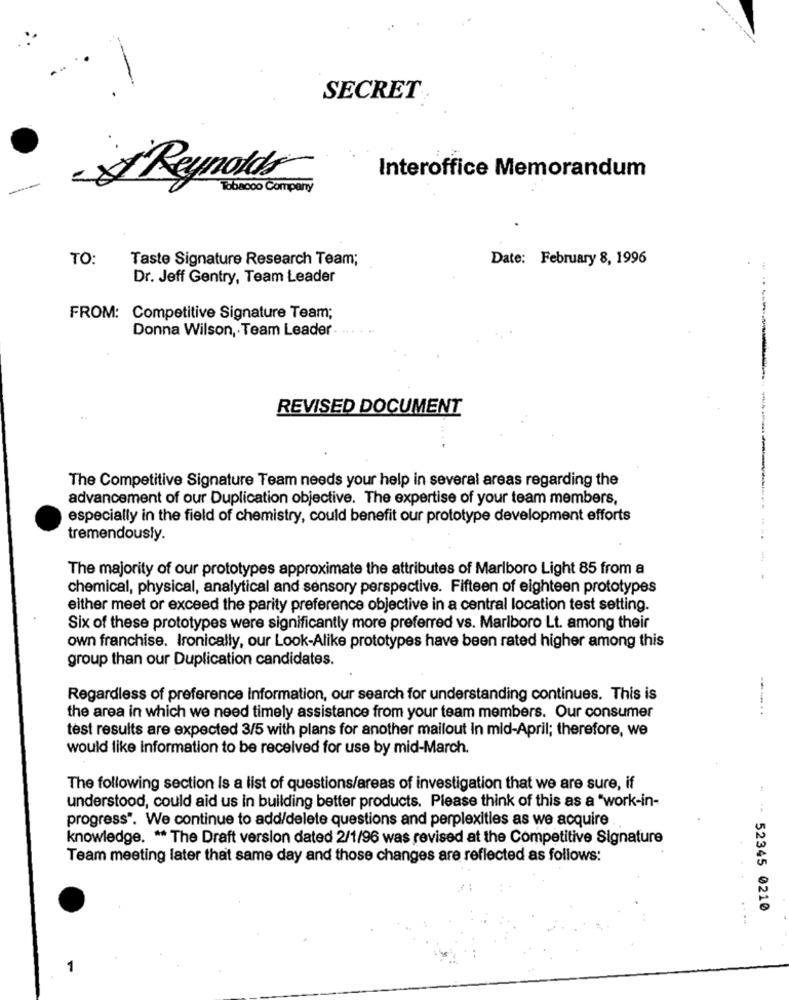
SECRET
Interoffice Memorandum
Reynolds
Tobacco Company
TO:
Taste Signature Research Team;
Date: February 8, 1996
Dr. Jeff Gentry, Team Leader
FROM: Competitive Signature Team;
Donna Wilson, Team Leader
REVISED DOCUMENT
.. 4
The Competitive Signature Team needs your help in several areas regarding the
advancement of our Duplication objective. The expertise of your team members,
especially in the field of chemistry, could benefit our prototype development efforts
tremendously.
The majority of our prototypes approximate the attributes of Marlboro Light 85 from a
chemical, physical, analytical and sensory perspective. Fifteen of eighteen prototypes
either meet or exceed the parity preference objective in a central location test setting.
Six of these prototypes were significantly more preferred vs. Marlboro Lt. among their
own franchise. Ironically, our Look-Alike prototypes have been rated higher among this
group than our Duplication candidates.
Regardless of preference information, our search for understanding continues. This is
----..
the area in which we need timely assistance from your team members. Our consumer
test results are expected 3/5 with plans for another mailout in mid-April; therefore, we
would like information to be received for use by mid-March.
The following section Is a list of questions/areas of investigation that we are sure, if
understood, could aid us in building better products. Please think of this as a "work-in-
progress". We continue to add/delete questions and perplexities as we acquire .
knowledge. ** The Draft version dated 2/1/96 was revised at the Competitive Signature
Team meeting later that same day and those changes are reflected as follows:
* - 52345 0210
1